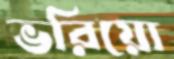
ভরিয়ো